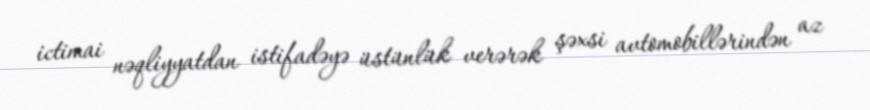
ictimai nəqliyyatdan istifadəyə üstünlük verərək şəxsi avtomobillərindən az